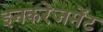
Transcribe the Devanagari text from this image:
इनकरेजमेंट